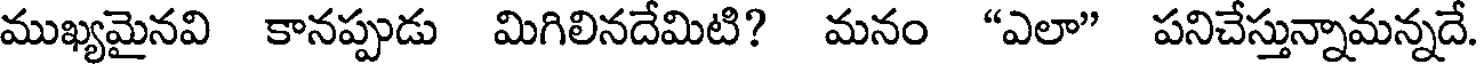
ముఖ్యమైనవి కానప్పుడు మిగిలినదేమిటి? మనం "ఎలా" పనిచేస్తున్నామన్నదే